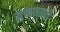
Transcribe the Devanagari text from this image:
मुखशाली